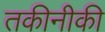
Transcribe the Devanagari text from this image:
तकीनीकी